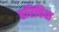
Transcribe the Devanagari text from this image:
हरिचिया